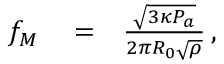
\begin{array} { r l r } { f _ { M } } & { { } = } & { \frac { \sqrt { 3 \kappa P _ { a } } } { 2 \pi R _ { 0 } \sqrt { \rho } } \, , } \end{array}